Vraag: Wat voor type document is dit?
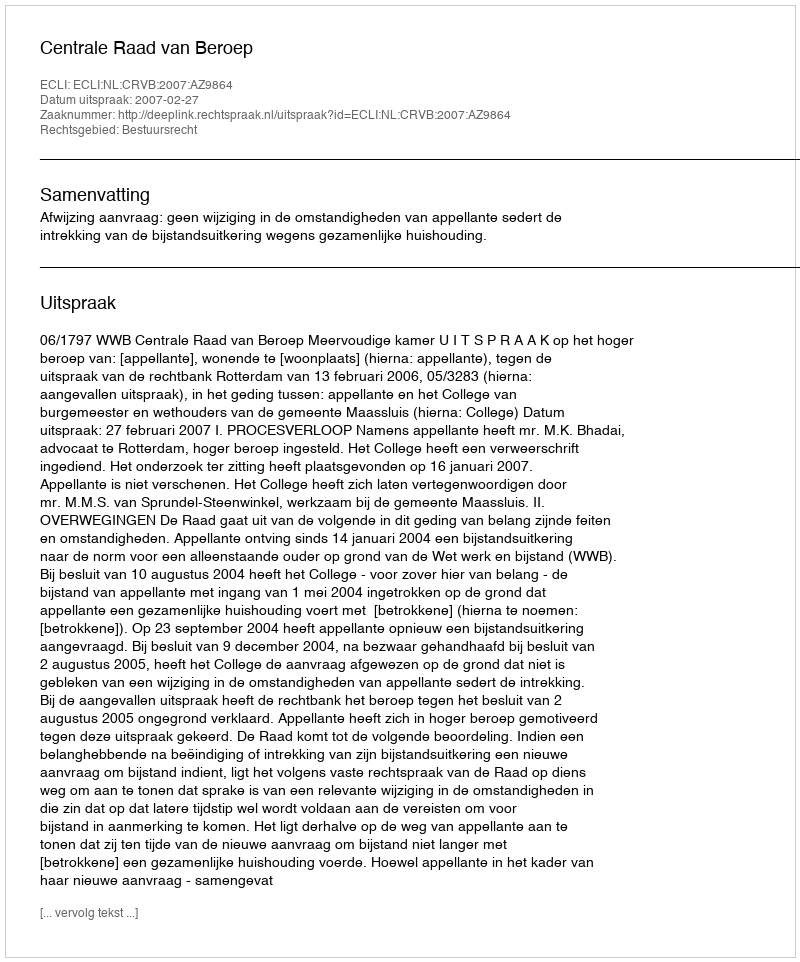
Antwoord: Uitspraak